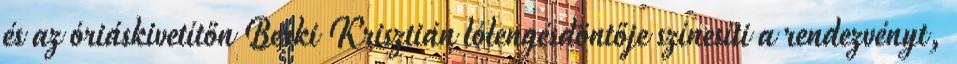
és az óriáskivetítőn Berki Krisztián lólengésdöntője színesíti a rendezvényt,